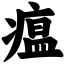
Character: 瘟